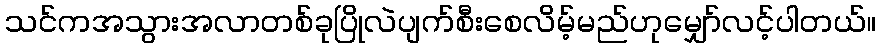
သင်ကအသွားအလာတစ်ခုပြိုလဲပျက်စီးစေလိမ့်မည်ဟုမျှော်လင့်ပါတယ်။